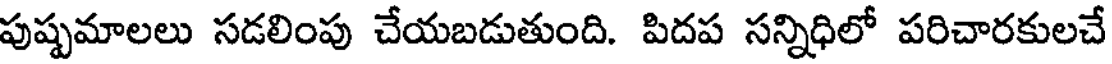
పుష్పమాలలు సడలింపు చేయబడుతుంది. పిదప సన్నిధిలో పరిచారకులచే